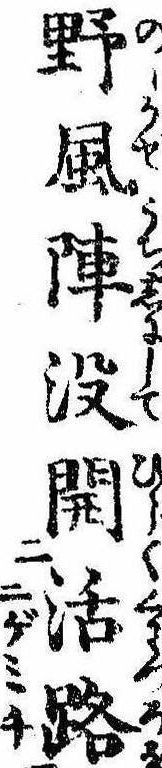
野風陣没開活路